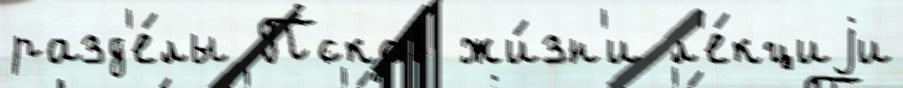
разд'е́лы Псков жи́зн'и л'е́кциjи